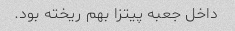
داخل جعبه پیتزا بهم ریخته بود.